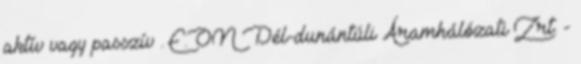
aktív vagy passzív . E.ON Dél-dunántúli Áramhálózati Zrt. -